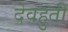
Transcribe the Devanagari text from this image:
देवहुती